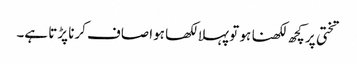
تختی پر کچھ لکھنا ہو تو پہلا لکھا ہوا صاف کرنا پڑتا ہے۔